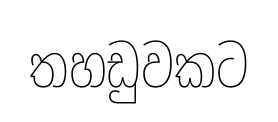
තහඩුවකට